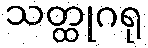
သတ္ထုဂရု